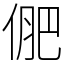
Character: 俷